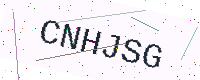
Text: CNHJSG